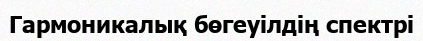
Гармоникалық бөгеуілдің спектрі